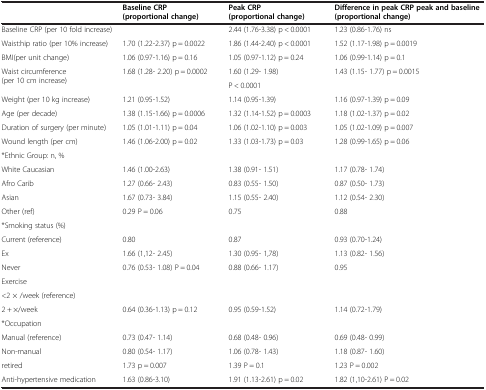
<table><thead><tr><td><b> </b></td><td><b>Baseline CRP (proportional change)</b></td><td><b>Peak CRP (proportional change)</b></td><td><b>Difference in peak CRP peak and baseline(proportional change)</b></td></tr></thead><tbody><tr><td>Baseline CRP (per 10 fold increase)</td><td> </td><td>2.44 (1.76-3.38) p &lt; 0.0001</td><td>1.23 (0.86-1.76) ns</td></tr><tr><td>Waist:hip ratio (per 10% increase)</td><td>1.70 (1.22-2.37) p = 0.0022</td><td>1.86 (1.44-2.40) p &lt; 0.0001</td><td>1.52 (1.17-1.98) p = 0.0019</td></tr><tr><td>BMI(per unit change)</td><td>1.06 (0.97-1.16) p = 0.16</td><td>1.05 (0.97-1.12) p = 0.24</td><td>1.06 (0.99-1.14) p = 0.1</td></tr><tr><td rowspan="2">Waist circumference (per 10 cm increase)</td><td rowspan="2">1.68 (1.28- 2.20) p = 0.0002</td><td>1.60 (1.29- 1.98)</td><td rowspan="2">1.43 (1.15- 1.77) p = 0.0015</td></tr><tr><td>P &lt; 0.0001</td></tr><tr><td>Weight (per 10 kg increase)</td><td>1.21 (0.95-1.52)</td><td>1.14 (0.95-1.39)</td><td>1.16 (0.97-1.39) p = 0.09</td></tr><tr><td>Age (per decade)</td><td>1.38 (1.15-1.66) p = 0.0006</td><td>1.32 (1.14-1.52) p = 0.0003</td><td>1.18 (1.02-1.37) p = 0.02</td></tr><tr><td>Duration of surgery (per minute)</td><td>1.05 (1.01-1.11) p = 0.04</td><td>1.06 (1.02-1.10) p = 0.003</td><td>1.05 (1.02-1.09) p = 0.007</td></tr><tr><td>Wound length (per cm)</td><td>1.46 (1.06-2.00) p = 0.02</td><td>1.33 (1.03-1.73) p = 0.03</td><td>1.28 (0.99-1.65) p = 0.06</td></tr><tr><td colspan="4">*Ethnic Group: n, %</td></tr><tr><td>White Caucasian</td><td>1.46 (1.00-2.63)</td><td>1.38 (0.91- 1.51)</td><td>1.17 (0.78- 1.74)</td></tr><tr><td>Afro Carib</td><td>1.27 (0.66- 2.43)</td><td>0.83 (0.55- 1.50)</td><td>0.87 (0.50- 1.73)</td></tr><tr><td>Asian</td><td>1.67 (0.73- 3.84)</td><td>1.15 (0.55- 2.40)</td><td>1.12 (0.54- 2.30)</td></tr><tr><td>Other (ref)</td><td>0.29 P = 0.06</td><td>0.75</td><td>0.88</td></tr><tr><td colspan="4">*Smoking status (%)</td></tr><tr><td>Current (reference)</td><td>0.80</td><td>0.87</td><td>0.93 (0.70-1.24)</td></tr><tr><td>Ex</td><td>1.66 (1,12- 2.45)</td><td>1.30 (0.95- 1,78)</td><td>1.13 (0.82- 1.56)</td></tr><tr><td>Never</td><td>0.76 (0.53- 1.08) P = 0.04</td><td>0.88 (0.66- 1.17)</td><td>0.95</td></tr><tr><td colspan="4">Exercise</td></tr><tr><td>&lt;2 × /week (reference)</td><td> </td><td> </td><td> </td></tr><tr><td>2 + ×/week</td><td>0.64 (0.36-1.13) p = 0.12</td><td>0.95 (0.59-1.52)</td><td>1.14 (0.72-1.79)</td></tr><tr><td colspan="4">*Occupation</td></tr><tr><td>Manual (reference)</td><td>0.73 (0.47- 1.14)</td><td>0.68 (0.48- 0.96)</td><td>0.69 (0.48- 0.99)</td></tr><tr><td>Non-manual</td><td>0.80 (0.54- 1.17)</td><td>1.06 (0.78- 1.43)</td><td>1.18 (0.87- 1.60)</td></tr><tr><td>retired</td><td>1.73 p = 0.007</td><td>1.39 P = 0.1</td><td>1.23 P = 0.002</td></tr><tr><td>Anti-hypertensive medication</td><td>1.63 (0.86-3.10)</td><td>1.91 (1.13-2.61) p = 0.02</td><td>1.82 (1,10-2.61) P = 0.02</td></tr></tbody></table>